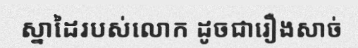
ស្នាដៃរបស់លោក ដូចជារឿងសាច់